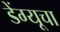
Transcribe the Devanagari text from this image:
डेंग्यूचा